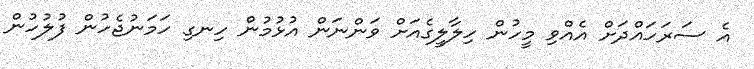
އެ ސަރަހައްދަށް އެއްވި މީހުން ހިލާލީގެއަށް ވަންނަން އުޅުމުން ހިނގި ހަމަނުޖެހުން ފުލުހުން